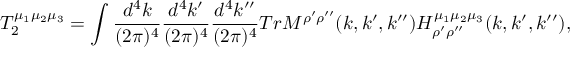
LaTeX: T _ { 2 } ^ { \mu _ { 1 } \mu _ { 2 } \mu _ { 3 } } = \int \frac { d ^ { 4 } k } { ( 2 \pi ) ^ { 4 } } \frac { d ^ { 4 } k ^ { \prime } } { ( 2 \pi ) ^ { 4 } } \frac { d ^ { 4 } k ^ { \prime \prime } } { ( 2 \pi ) ^ { 4 } } T r M ^ { \rho ^ { \prime } \rho ^ { \prime \prime } } ( k , k ^ { \prime } , k ^ { \prime \prime } ) H _ { \rho ^ { \prime } \rho ^ { \prime \prime } } ^ { \mu _ { 1 } \mu _ { 2 } \mu _ { 3 } } ( k , k ^ { \prime } , k ^ { \prime \prime } ) ,